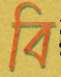
বি